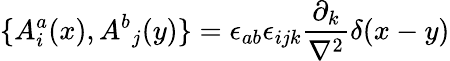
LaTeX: \{ {A_{i}^{a}}(x),{A^{b}}_{j}(y)\} ={\epsilon_{ab}}{\epsilon_{ijk}}{\frac{\partial_{k}}{\mathbf\nabla^{2}}}\delta(x-y)